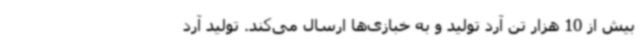
بیش از 10 هزار تن آرد تولید و به خبازی‌ها ارسال می‌کند. تولید آرد